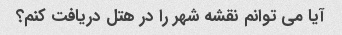
آیا می توانم نقشه شهر را در هتل دریافت کنم؟